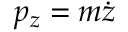
p _ { z } = m { \dot { z } }